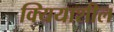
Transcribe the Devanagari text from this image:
क्यियाशील